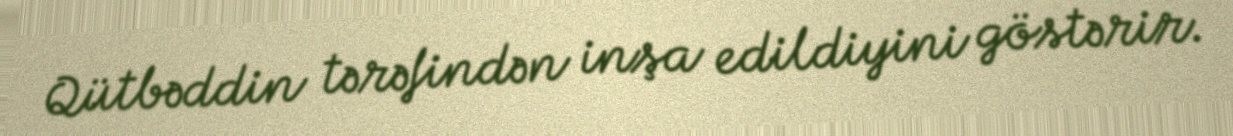
Qütbəddin tərəfindən inşa edildiyini göstərir.